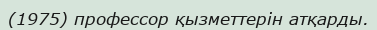
(1975) профессор қызметтерін атқарды.